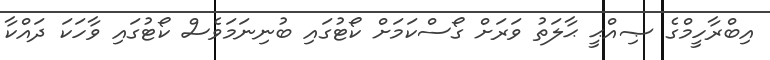
އިބްރާހީމްގެ ޞިއްޙީ ޙާލަތު ވަރަށް ގޯސްކަމަށް ކޯޓުގައި ބުނިނަމަވެސް ކޯޓުގައި ވާހަކަ ދައްކާ